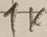
Text: 1K